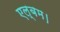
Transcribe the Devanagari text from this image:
एल्बम।